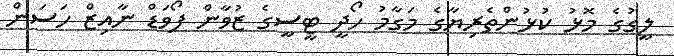
ލީގުގެ މޮޅު ކުޅުންތެރިޔާގެ މަގާމު ހޯދީ ޓީސީގެ ޒުވާން ފޯވަޑް ނާއިޒް ހަސަން